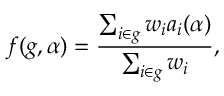
f ( g , \alpha ) = \frac { \sum _ { i \in g } w _ { i } a _ { i } ( \alpha ) } { \sum _ { i \in g } w _ { i } } ,